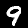
Digit: 9